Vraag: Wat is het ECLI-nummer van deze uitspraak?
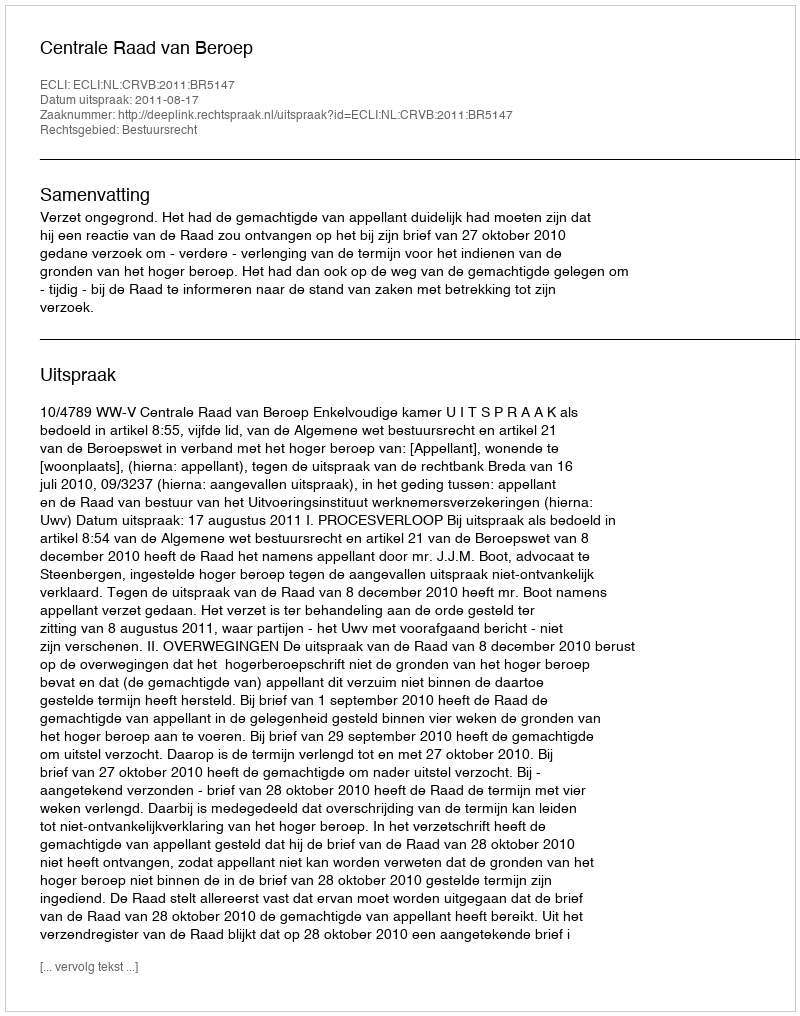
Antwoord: ECLI:NL:CRVB:2011:BR5147